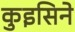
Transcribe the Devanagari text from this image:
कुइसिने